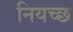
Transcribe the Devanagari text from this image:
नियच्छ